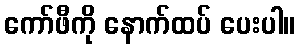
ကော်ဖီကို နောက်ထပ် ပေးပါ။